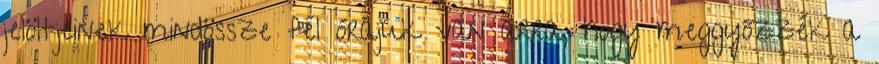
jelöltjeinek mindössze fél órájuk van arra, hogy meggyőzzék a